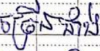
ច្រើនជាង